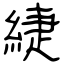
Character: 緁